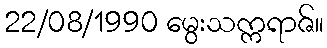
22/08/1990 မွေးသက္ကရာဇ်။